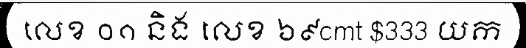
លេខ ០១ និង លេខ ៦៩cmt $333 យក